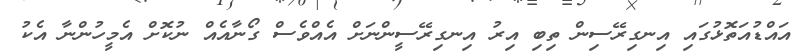
އައްޑުއަތޮޅުގައި އިނގިރޭސިން ތިބި އިރު އިނގިރޭސީންނަށް އެއްވެސް ގޯނާއެއް ނުކޮށް އެމީހުންނާ އެކު